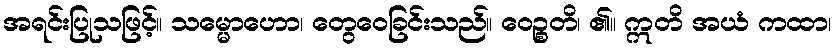
အရင်းပြုသဖြင့်။ သမ္မောဟော၊ တွေဝေခြင်းသည်။ ဝေဉ္စတိ၊ ၏။ ဣတိ အယံ ကထာ၊